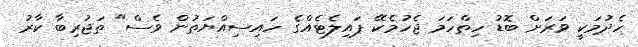
ހެދުމަކީ ވަރަށް ބޮޑު ހިތްހަމަ ޖެހުމެކޭ ޕައިލެޓެއްގެ ހައިސިއްޔަތުން ވެސް" ތަޖުރިބާ ކާރު